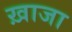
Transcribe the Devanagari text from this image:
ख़ाजा